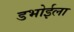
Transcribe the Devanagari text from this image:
डभोईला